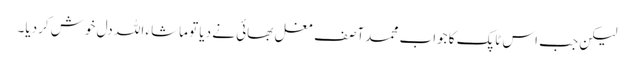
لیکن جب اس ٹاپک کا جواب محمد آصف مغل بھائی نے دیا تو ماشاء اللہ دل خوش کردیا۔